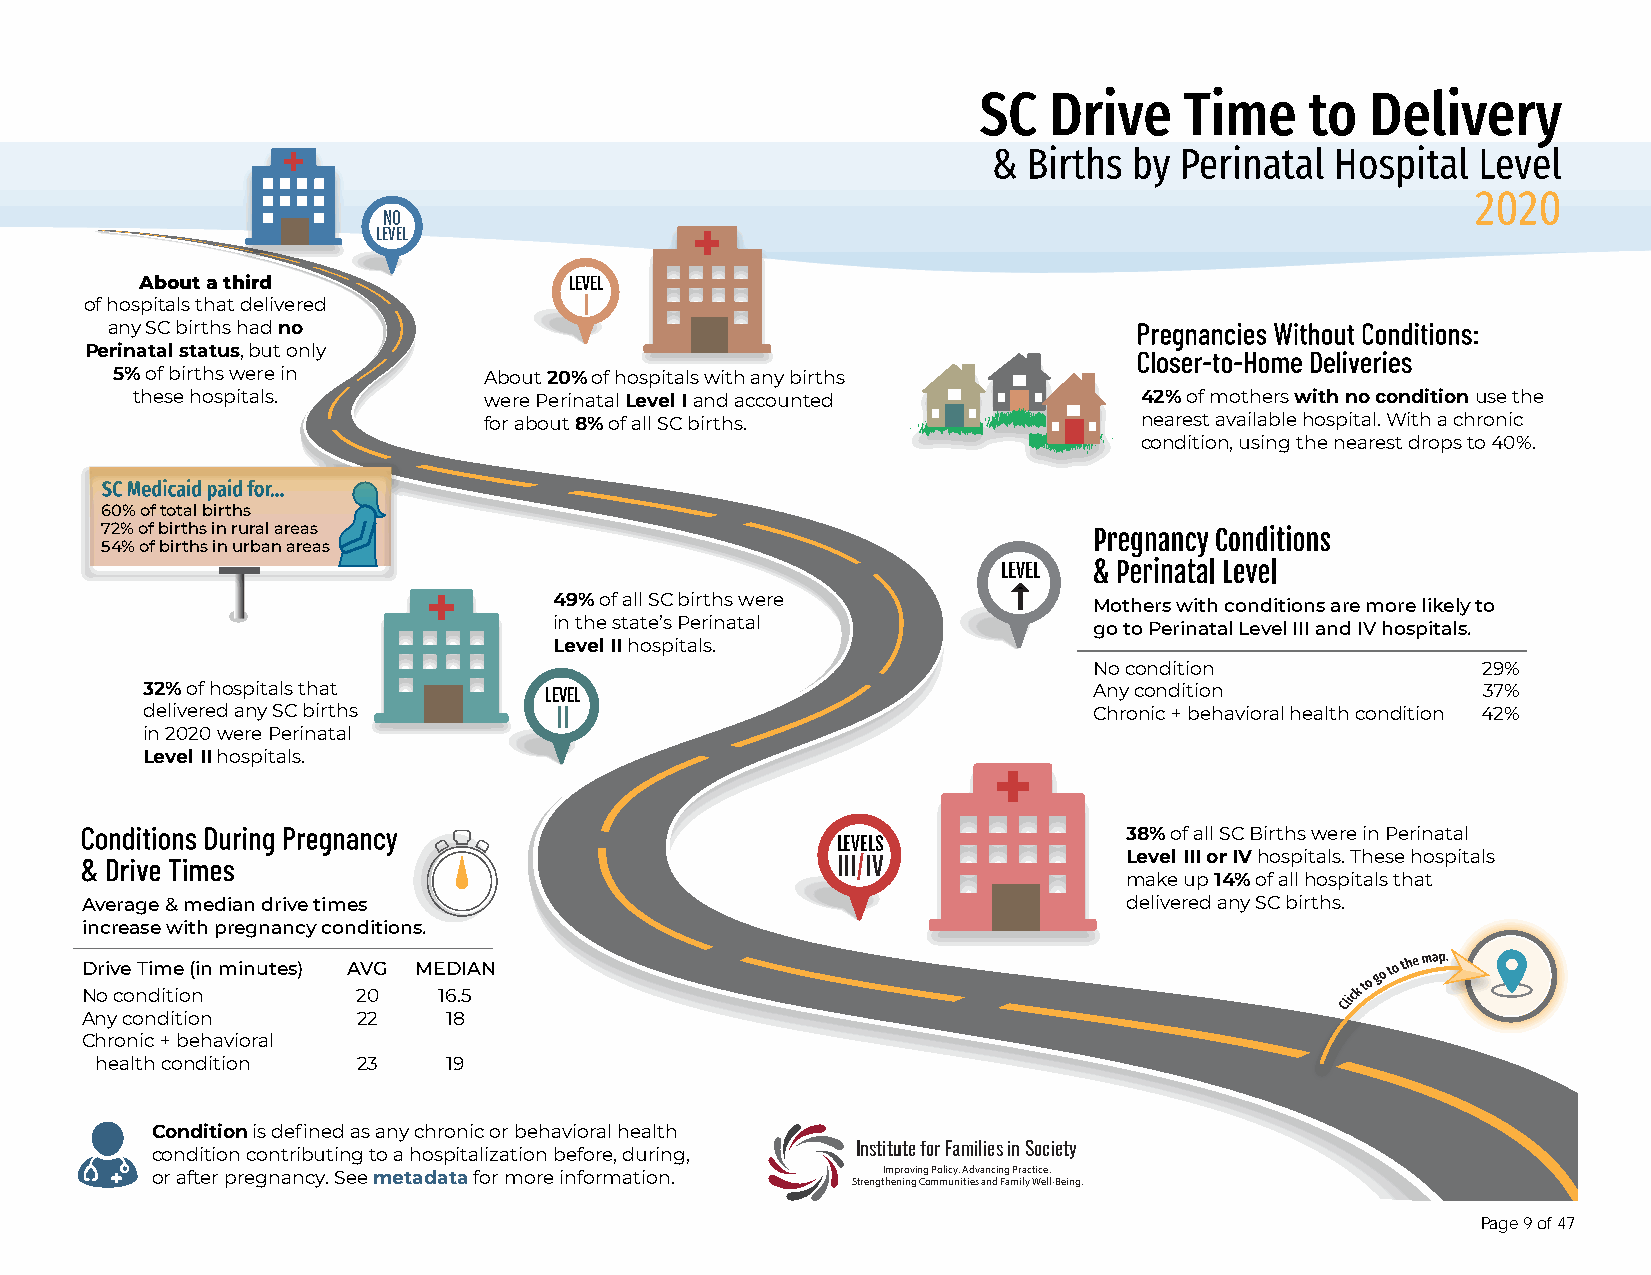
NO
 LEVEL
 About a third                LEVEL
 of hospitals that delivered      I
 any SC births had no
 Perinatal status, but only
 5% of births were in    About 20% of hospitals with any births
 these hospitals.       were Perinatal Level I and accounted       42% of mothers with no condition use the
 for about 8% of all SC births.             nearest available hospital. With a chronic
 condition, using the nearest drops to 40%.
 60% of total births
 72% of births in rural areas
 54% of births in urban areas
 LEVEL
 
 49% of all SC births were          Mothers with conditions are more likely to
 in the state’s Perinatal           go to Perinatal Level III and IV hospitals.
 Level II hospitals.
 No condition              29%
 32% of hospitals that      LEVEL                               Any condition             37%
 delivered any SC births     II                                 Chronic + behavioral health condition 42%
 in 2020 were Perinatal
 Level II hospitals.
 38% of all SC Births were in Perinatal
 LEVELS
 Level III or IV hospitals. These hospitals
 III/IV
 make up 14% of all hospitals that
 Average & median drive times                                          delivered any SC births.
 increase with pregnancy conditions.
 Drive Time (in minutes) AVG MEDIAN
 No condition       20   16.5
 Any condition      22    18
 Chronic + behavioral
 health condition  23    19
 Condition is defined as any chronic or behavioral health
 condition contributing to a hospitalization before, during, Institute for Families in Society
 or after pregnancy. See metadata for more information. Improving Policy. Advancing Practice.
 Strengthening Communities and Family Well-Being.
 Page 9 of 47